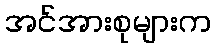
အင်အားစုများက